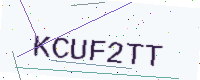
Text: KCUF2TT